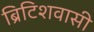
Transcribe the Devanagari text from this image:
ब्रिटिशवासी